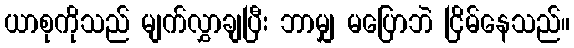
ယာစုကိုသည် မျက်လွှာချပြီး ဘာမျှ မပြောဘဲ ငြိမ်နေသည်။